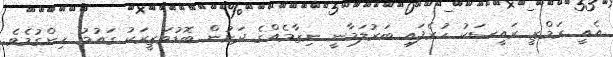
އެއީ ރަމްޒީ ރައީސަކު ހުރެފައި ބަރުލަމާނީ ނިޒާމެއްގެ ދަށުން ބޮޑުވަޒީރަކު ގައުމު ހިންގުމެވެ.